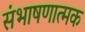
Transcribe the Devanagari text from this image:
संभाषणात्मक